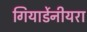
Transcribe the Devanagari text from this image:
गियार्डेनीयरा